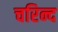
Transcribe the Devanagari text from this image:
चरिन्द